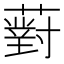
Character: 薱